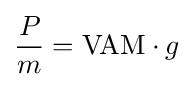
{\frac {P}{m}}=\mathrm {VAM} \cdot g